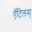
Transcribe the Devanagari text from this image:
ऍंटिलस्‌